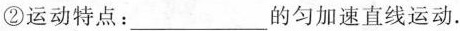
②运动特点：___的匀加速直线运动.